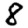
Digit: 8